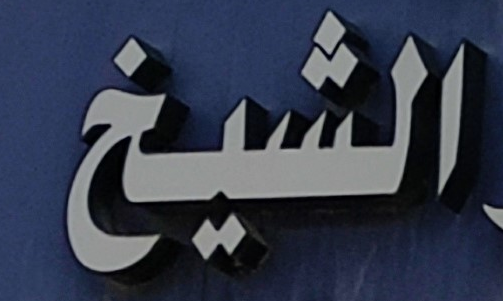
الشيخ